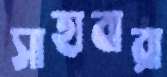
সাহাবারা